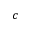
c